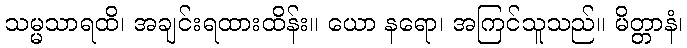
သမ္မသာရထိ၊ အချင်းရထားထိန်း။ ယော နရော၊ အကြင်သူသည်။ မိတ္တာနံ၊